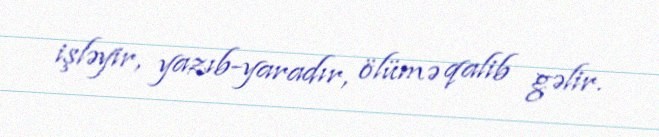
işləyir, yazıb-yaradır, ölümə qalib gəlir.